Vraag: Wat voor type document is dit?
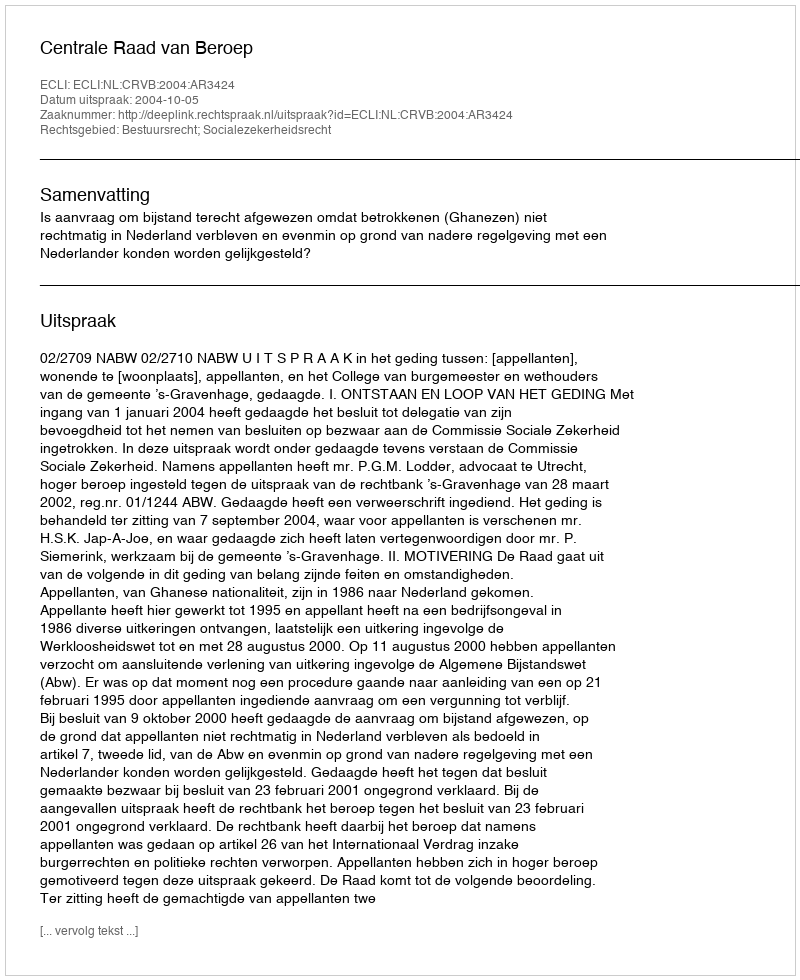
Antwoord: Uitspraak